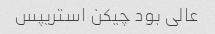
عالی بود چیکن استریپس